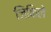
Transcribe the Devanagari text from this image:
जिंकिले